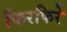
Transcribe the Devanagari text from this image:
फिरफिरे